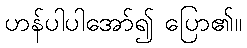
ဟန်ပါပါအော်၍ ပြော၏။